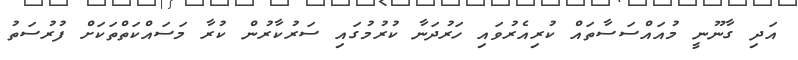
އަދި ގާނޫނީ މުއައްސަސާތައް ކުރިއެރުވައި ހަރުދަނާ ކުރުމުގައި ސަރުކާރުން ކުރާ މަސައްކަތްތަކަށް ފުރުސަތު